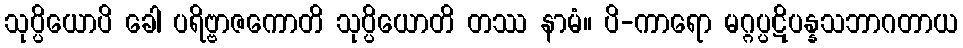
သုပ္ပိယောပိ ခေါ ပရိဗ္ဗာဇကောတိ သုပ္ပိယောတိ တဿ နာမံ။ ပိ-ကာရော မဂ္ဂပ္ပဋိပန္နသဘာဂတာယ